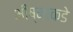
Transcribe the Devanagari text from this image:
भीष्माकडे